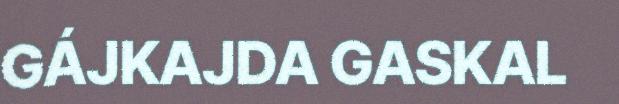
GÁJKAJDA GASKAL